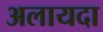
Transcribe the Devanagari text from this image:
अलायदा